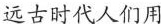
远古时代人们用